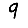
Digit: 9